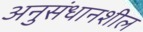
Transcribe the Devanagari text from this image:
अनुसंधानशील